Annual administration report of the Civil Veterinary Department of India - 1906-1907
Year: 1906
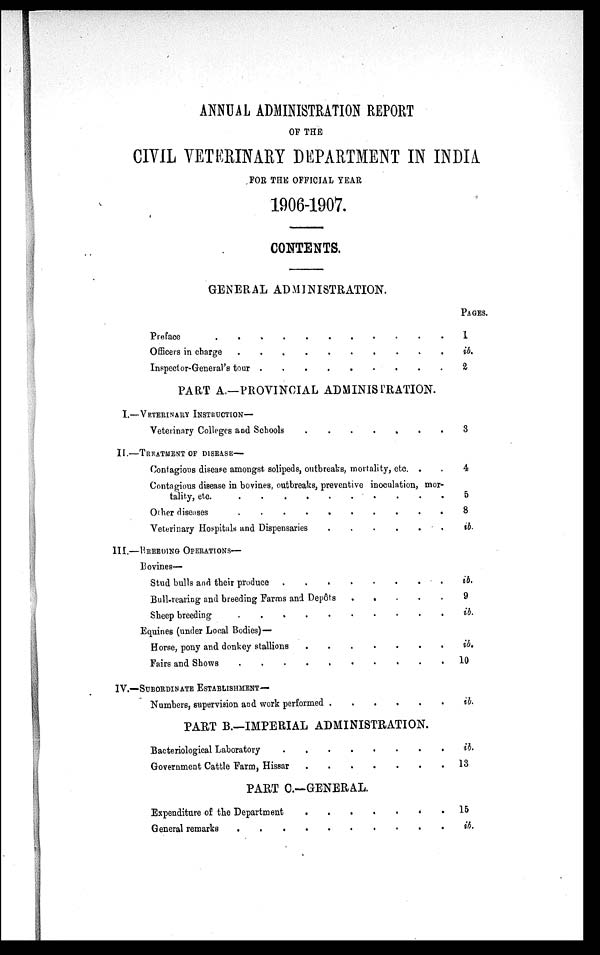
ANNUAL ADMINISTRATION REPORT
OF THE
CIVIL VETERINARY DEPARTMENT IN INDIA
FOR THE OFFICIAL YEAR
1906-1907.
CONTENTS.
GENERAL ADMINISTRATION.
Preface . . . . . . . . . . . . . .
Officers in charge . . . . . . . . . . . . . .
Inspector-General's four . . . . . . . . . . . . . .
PART A.—PROVINCIAL ADMINISTRATION.
I.—VETERINARY INSTRUCTION—
Veterinary Colleges and Schools
.......
II.—TREATMENT OF DISEASE—
Contagious disease amongst solipeds, outbreaks, mortality, etc. .
Contagious disease in bovines, outbreaks, preventive inoculation, mor-
tality, etc . . . . . . . . . . . . . .
Other diseases . . . . . . . . . . . . . .
Veterinary Hospitals and Dispensaries
......
III.—BREEDING OPERATIONS—
Bovines—
Stud bulls and their produce . . . . . . . . . . . . . .
Bull-rearing and breeding Farms and Depôts
.....
Sheep breeding . . . . . . . . . . . . . .
Equines (under Local Bodies)—
Horse, pony and donkey stallions . . . . . . . . . . . . . .
Fairs and Shows
.
.
.
.
.
.
.
.
.
.
IV.—SUBORDINATE ESTABLISHMENT—
Numbers, supervision and work performed . . . . . . . . . . . . . .
PART B.—IMPERIAL ADMINISTRATION.
Bacteriological Laboratory . . . . . . . . . . . . . .
Government Cattle Farm, Hissar . . . . . . . . . . . . . .
PART C.—GENERAL.
Expenditure of the Department
.......
General remarks . . . . . . . . . . . . . .
PAGES.
1
ib.
2
3
4
5
8
ib.
ib.
9
ib.
ib.
10
ib.
ib.
13
15
ib.